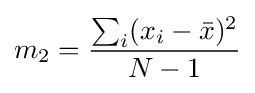
m_{2}={\frac {\sum _{i}(x_{i}-{\bar {x}})^{2}}{N-1}}